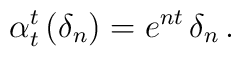
\alpha_t^t \, (\delta_n) = e^{nt} \, \delta_n \, .